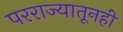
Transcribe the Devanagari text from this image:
परराज्यातूनही